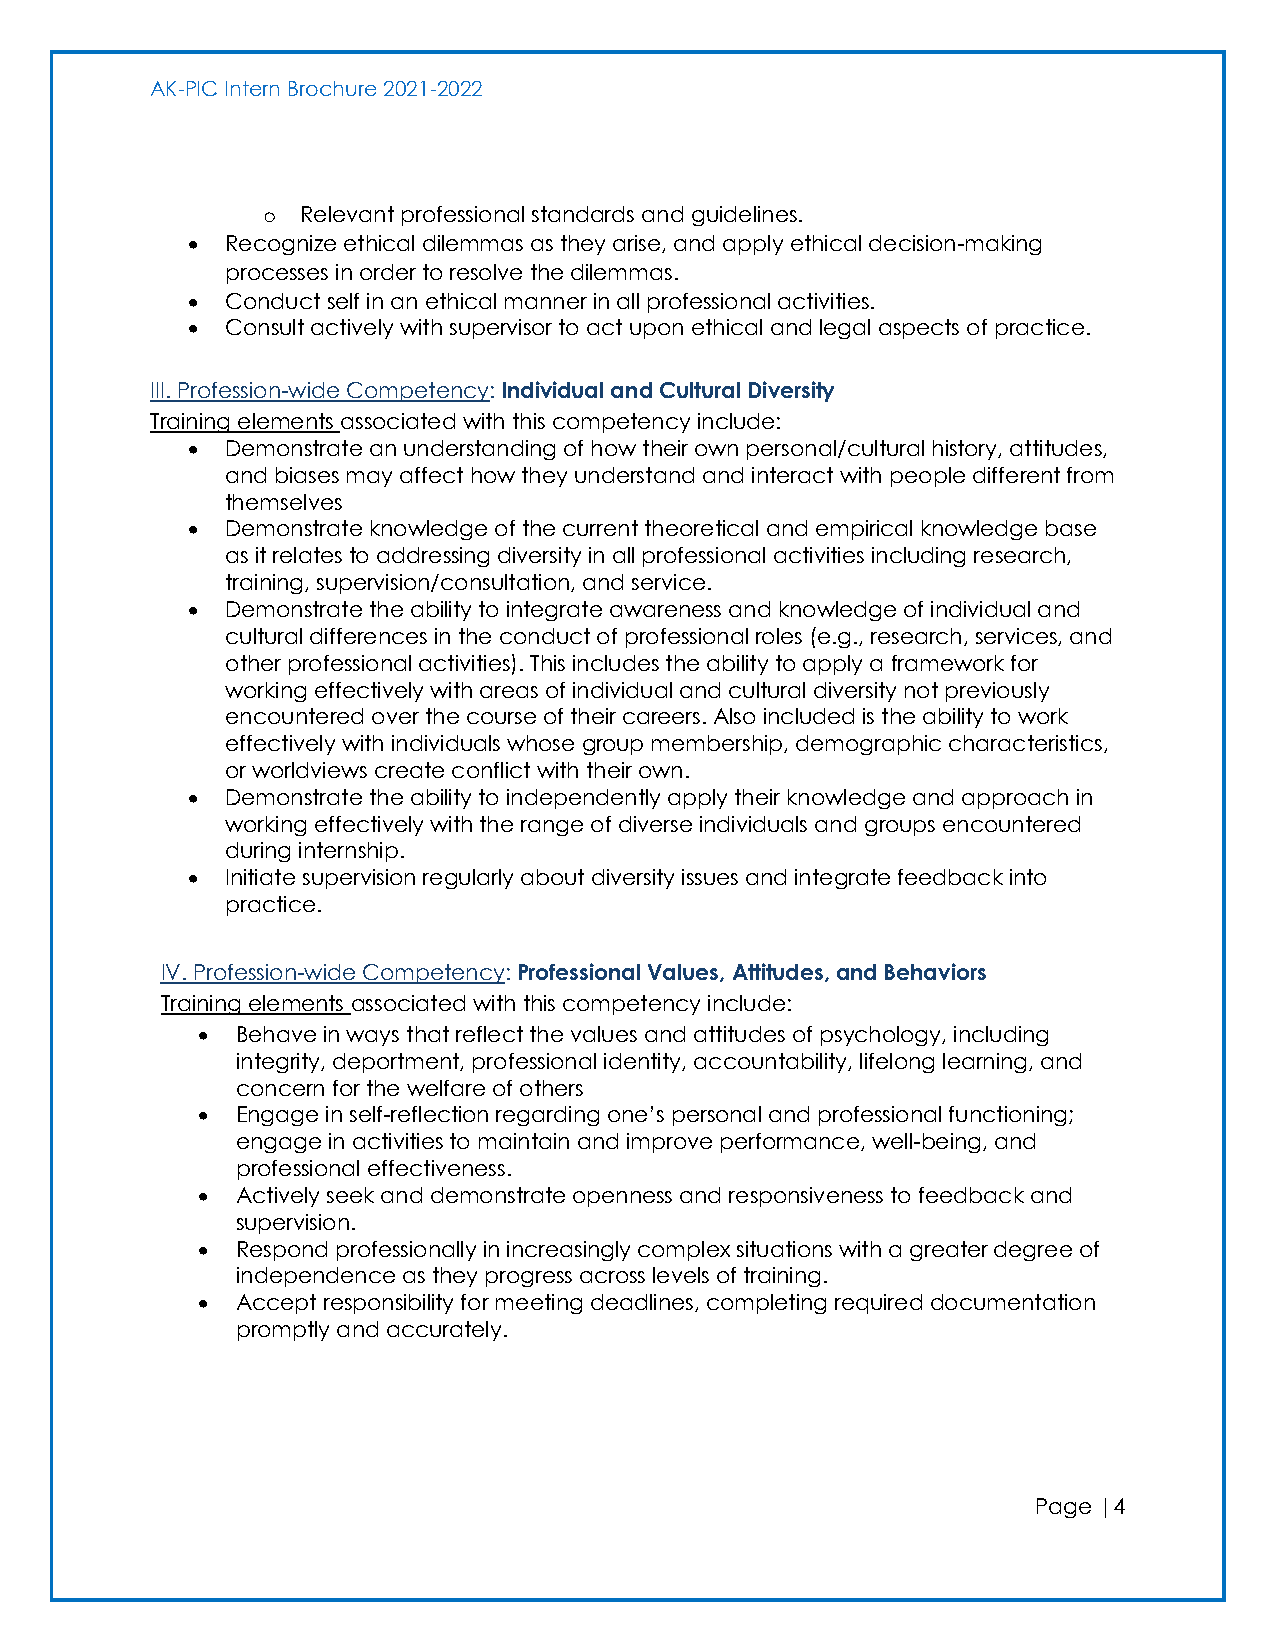
AK-PIC Intern Brochure 2021-2022
 o  Relevant professional standards and guidelines.
 •  Recognize ethical dilemmas as they arise, and apply ethical decision-making
 processes in order to resolve the dilemmas.
 •  Conduct self in an ethical manner in all professional activities.
 •  Consult actively with supervisor to act upon ethical and legal aspects of practice.
 III. Profession-wide Competency: Individual and Cultural Diversity
 Training elements associated with this competency include:
 •  Demonstrate an understanding of how their own personal/cultural history, attitudes,
 and biases may affect how they understand and interact with people different from
 themselves
 •  Demonstrate knowledge of the current theoretical and empirical knowledge base
 as it relates to addressing diversity in all professional activities including research,
 training, supervision/consultation, and service.
 •  Demonstrate the ability to integrate awareness and knowledge of individual and
 cultural differences in the conduct of professional roles (e.g., research, services, and
 other professional activities). This includes the ability to apply a framework for
 working effectively with areas of individual and cultural diversity not previously
 encountered over the course of their careers. Also included is the ability to work
 effectively with individuals whose group membership, demographic characteristics,
 or worldviews create conflict with their own.
 •  Demonstrate the ability to independently apply their knowledge and approach in
 working effectively with the range of diverse individuals and groups encountered
 during internship.
 •  Initiate supervision regularly about diversity issues and integrate feedback into
 practice.
 IV. Profession-wide Competency: Professional Values, Attitudes, and Behaviors
 Training elements associated with this competency include:
 •  Behave in ways that reflect the values and attitudes of psychology, including
 integrity, deportment, professional identity, accountability, lifelong learning, and
 concern for the welfare of others
 •  Engage in self-reflection regarding one’s personal and professional functioning;
 engage in activities to maintain and improve performance, well-being, and
 professional effectiveness.
 •  Actively seek and demonstrate openness and responsiveness to feedback and
 supervision.
 •  Respond professionally in increasingly complex situations with a greater degree of
 independence as they progress across levels of training.
 •  Accept responsibility for meeting deadlines, completing required documentation
 promptly and accurately.
 Page |4